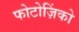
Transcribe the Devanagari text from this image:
फोटोज़िंको